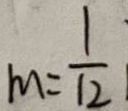
m = \frac { 1 } { 1 2 }